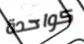
كواحدة